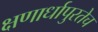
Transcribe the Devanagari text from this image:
क्षणार्धापुरतेच